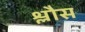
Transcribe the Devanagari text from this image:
श्लौस